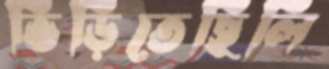
ভিড়িতেছিলি